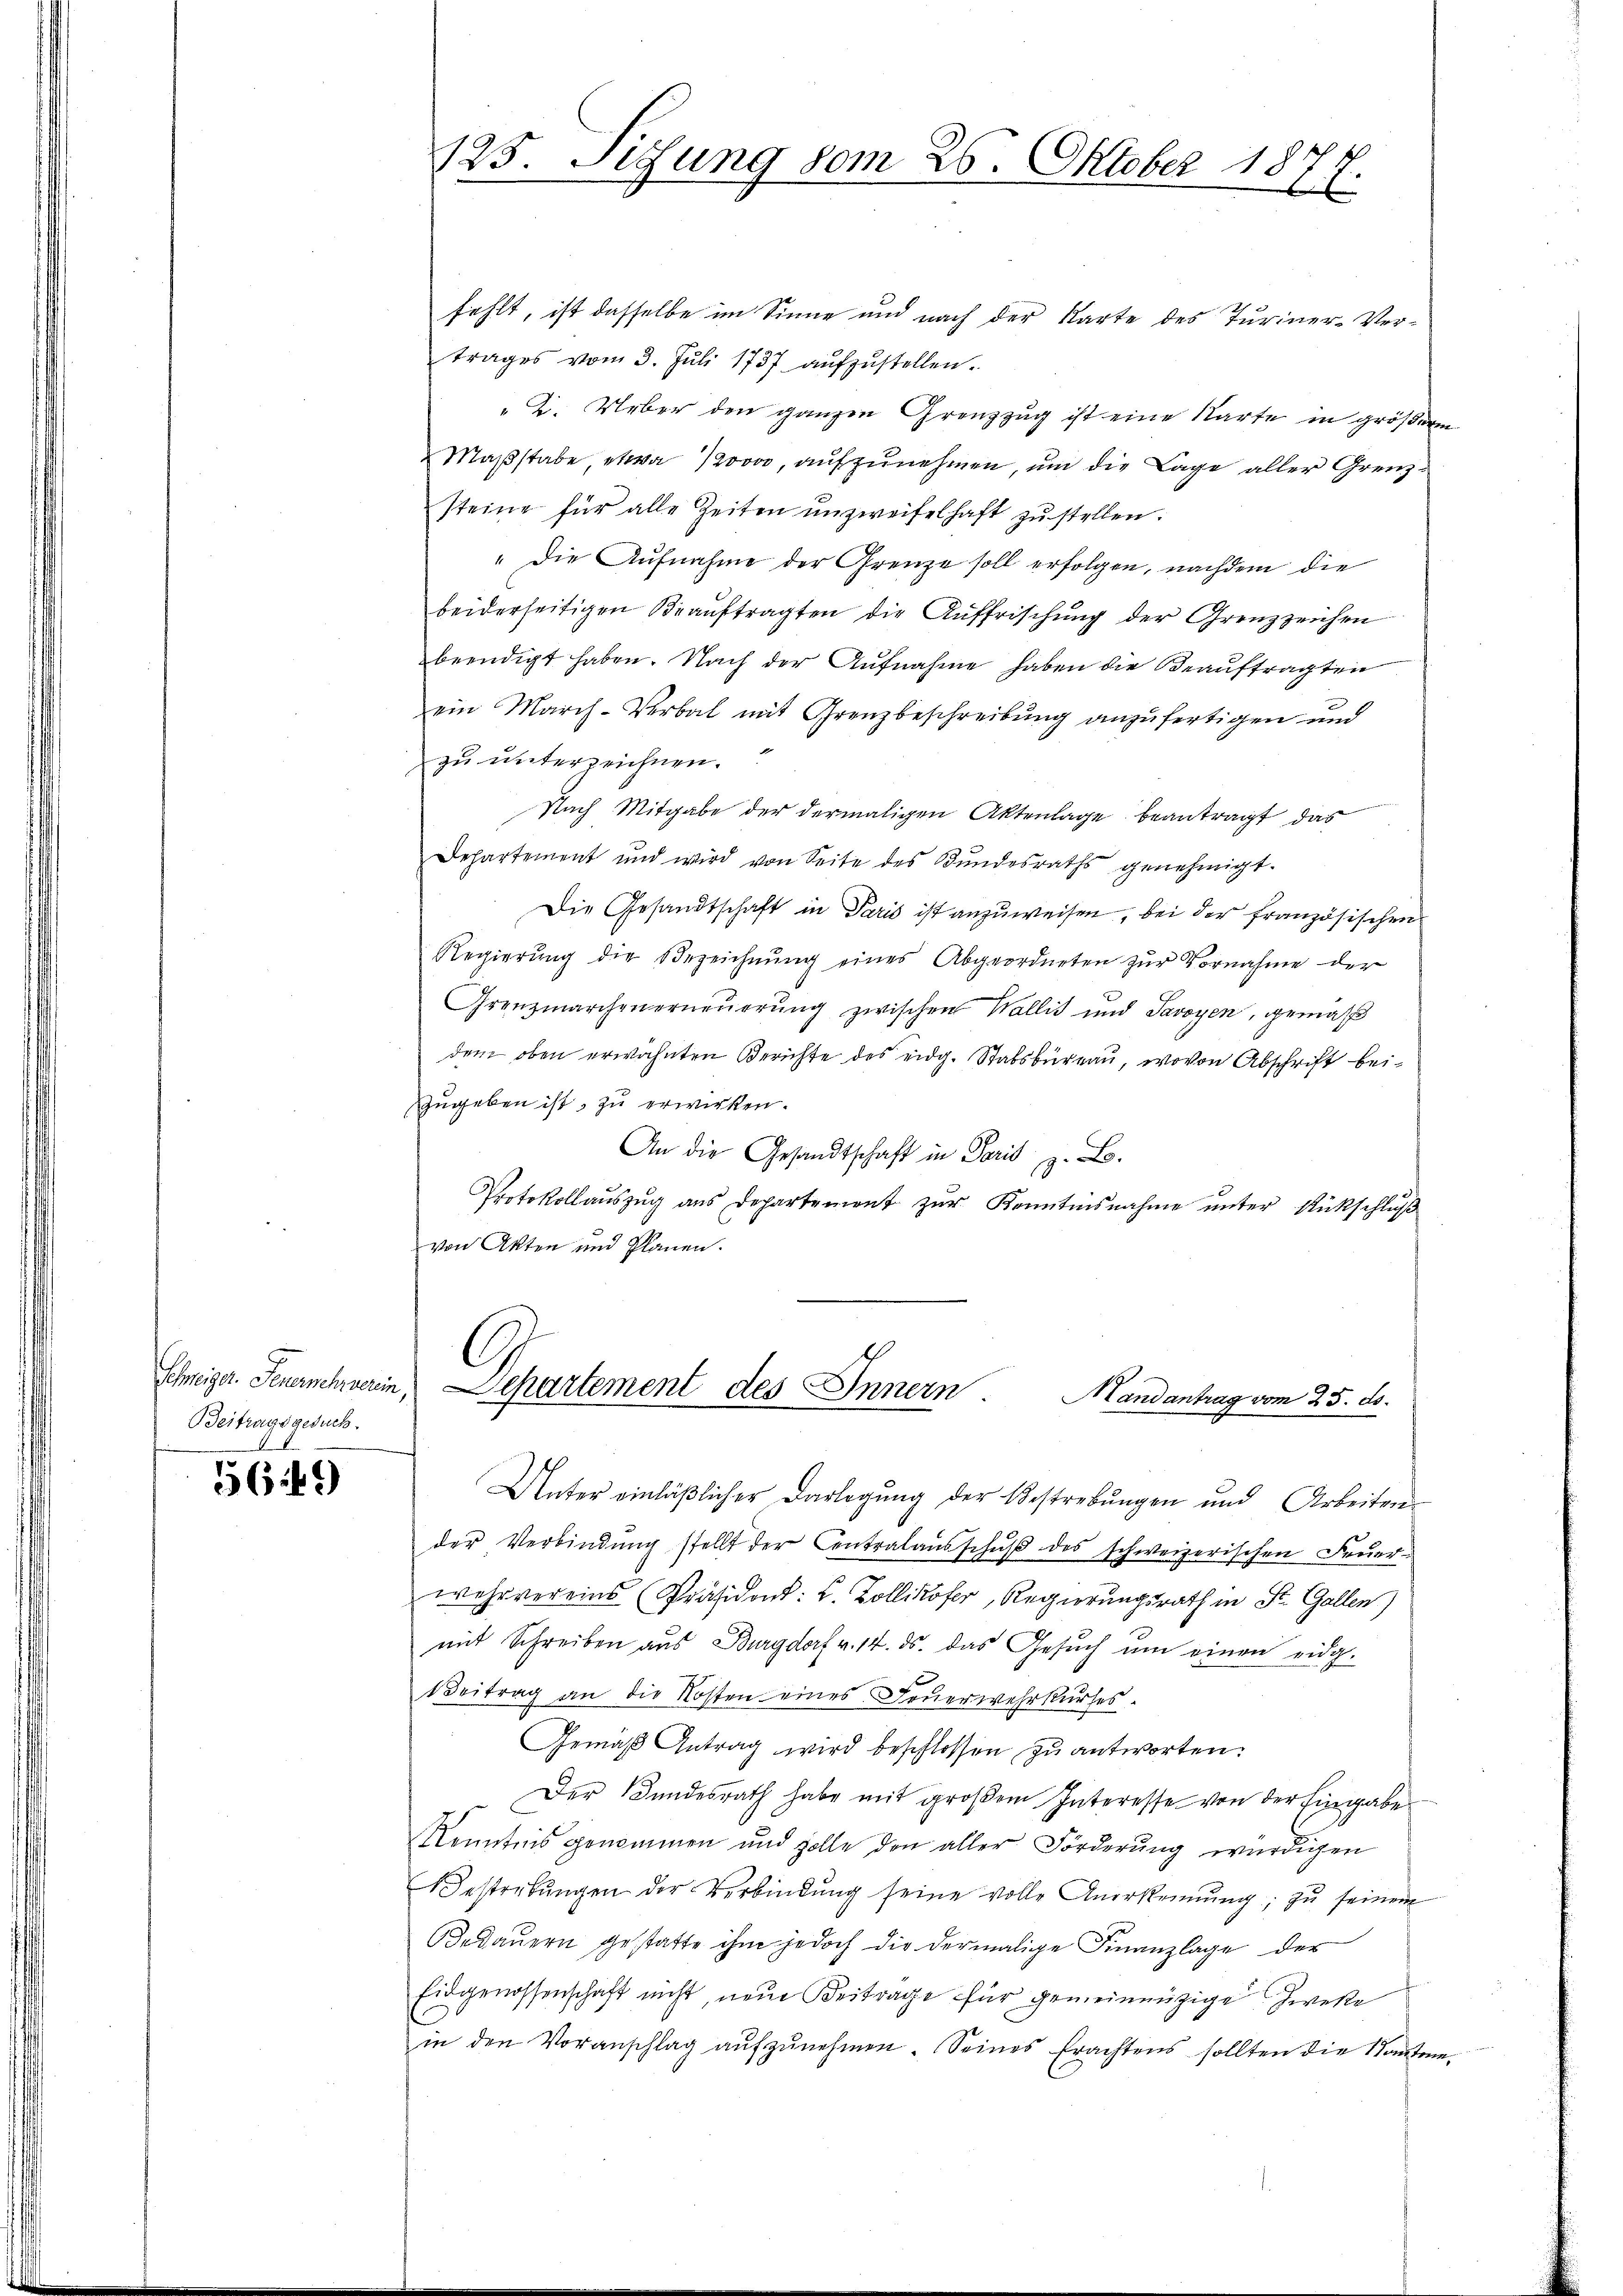
Schweiger Feuermehrerin,
Beitragsgesuch.

5649

125. Situng vom 26. Oktober 18
x

fehlt, ist dasselbe im Sinne und nach der Karte des Turiner-Ver-
trages vom 3. Juli 1737 aufzustellen.
"2. Ueber den ganzen Grenzzug ist eine Karte in größere
Maßstabe, etwa vor, aufzunehmen, um die Lage aller Grenzsteine für alle Zeiten unzweifelhaft zŭ stellen.
" Die Aufnahme der Grenze soll erfolgen, nachdem die
beiderseitigen Beauftragten die Auffrischung der Grenzzeichen
beendigt haben. Nach der Aufnahme haben die Beauftragten
ein March-Verbal mit Grenzbeschreibung anzufertigen und
zu unterzeichnen.
Nach Mitgabe der dermaligen Aktenlage beantragt, das
Departement und wird von Seite des Bŭndesraths genehmigt.
Die Gesandtschaft in Paris ist anzuweisen, bei der französischen
Regierŭng die Bezeichnŭng eines Abgeordneten zŭr Vornahme der
Grenzmarchen erneuerung zwischen Wallis und Savoyen, gemäß
dem oben erwähnten Berichte des eidg. Stabsbureau, wovon Abschrift beizugeben ist, zu erwirken.
An die Gesandtschaft in Paris z. B.
Protokollaŭszŭg aŭs Departemont zŭr Kenntnisnahme ŭnter Rückschlŭβ
von Akten und Planen.

Departement des Innern Mandantrag vom 25. ds.

Unter einläßlicher Darlegŭng der Bestrebungen und Arbeiten
der Verbindŭng stellt der Centralaŭsschŭβ des schweizerischen Feŭer-
wehrvereins Präsident: L. Zollikofer, Regierungsrath in St. Gallen)
mit Schreiben aus Burgdorf v. 14. ds. das Gesuch um einen eidg.
Beitrag an die Kosten eines Feuerwehrkurses.
Gemäβ Antrag wird beschlossen zu antworten.
Der Landesrath habe mit großem Interesse von der Eingabe
Kenntnis genommen und zolle den aller Förderŭng würdigen
Bestrebŭngen der Verbindŭng seine volle Anerkennung, zŭ seinem
Bedauern gestatte ihm jedoch die dermalige Finanzlage des
Eidgenossenschaft nicht, neue Beitrage für gemeinnüzige Zweke
in den Voranschlag aŭfzŭnehmen. Seines Erachtens sollten die Kantone.